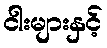
ငါးများနှင့်